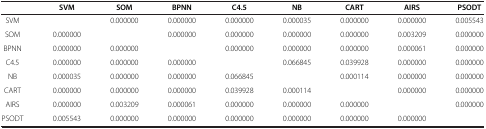
<table><thead><tr><td><b> </b></td><td><b>SVM</b></td><td><b>SOM</b></td><td><b>BPNN</b></td><td><b>C4.5</b></td><td><b>NB</b></td><td><b>CART</b></td><td><b>AIRS</b></td><td><b>PSODT</b></td></tr></thead><tbody><tr><td>SVM</td><td> </td><td>0.000000</td><td>0.000000</td><td>0.000000</td><td>0.000035</td><td>0.000000</td><td>0.000000</td><td>0.005543</td></tr><tr><td>SOM</td><td>0.000000</td><td> </td><td>0.000000</td><td>0.000000</td><td>0.000000</td><td>0.000000</td><td>0.003209</td><td>0.000000</td></tr><tr><td>BPNN</td><td>0.000000</td><td>0.000000</td><td> </td><td>0.000000</td><td>0.000000</td><td>0.000000</td><td>0.000061</td><td>0.000000</td></tr><tr><td>C4.5</td><td>0.000000</td><td>0.000000</td><td>0.000000</td><td> </td><td>0.066845</td><td>0.039928</td><td>0.000000</td><td>0.000000</td></tr><tr><td>NB</td><td>0.000035</td><td>0.000000</td><td>0.000000</td><td>0.066845</td><td> </td><td>0.000114</td><td>0.000000</td><td>0.000000</td></tr><tr><td>CART</td><td>0.000000</td><td>0.000000</td><td>0.000000</td><td>0.039928</td><td>0.000114</td><td> </td><td>0.000000</td><td>0.000000</td></tr><tr><td>AIRS</td><td>0.000000</td><td>0.003209</td><td>0.000061</td><td>0.000000</td><td>0.000000</td><td>0.000000</td><td> </td><td>0.000000</td></tr><tr><td>PSODT</td><td>0.005543</td><td>0.000000</td><td>0.000000</td><td>0.000000</td><td>0.000000</td><td>0.000000</td><td>0.000000</td><td> </td></tr></tbody></table>